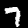
Digit: 7